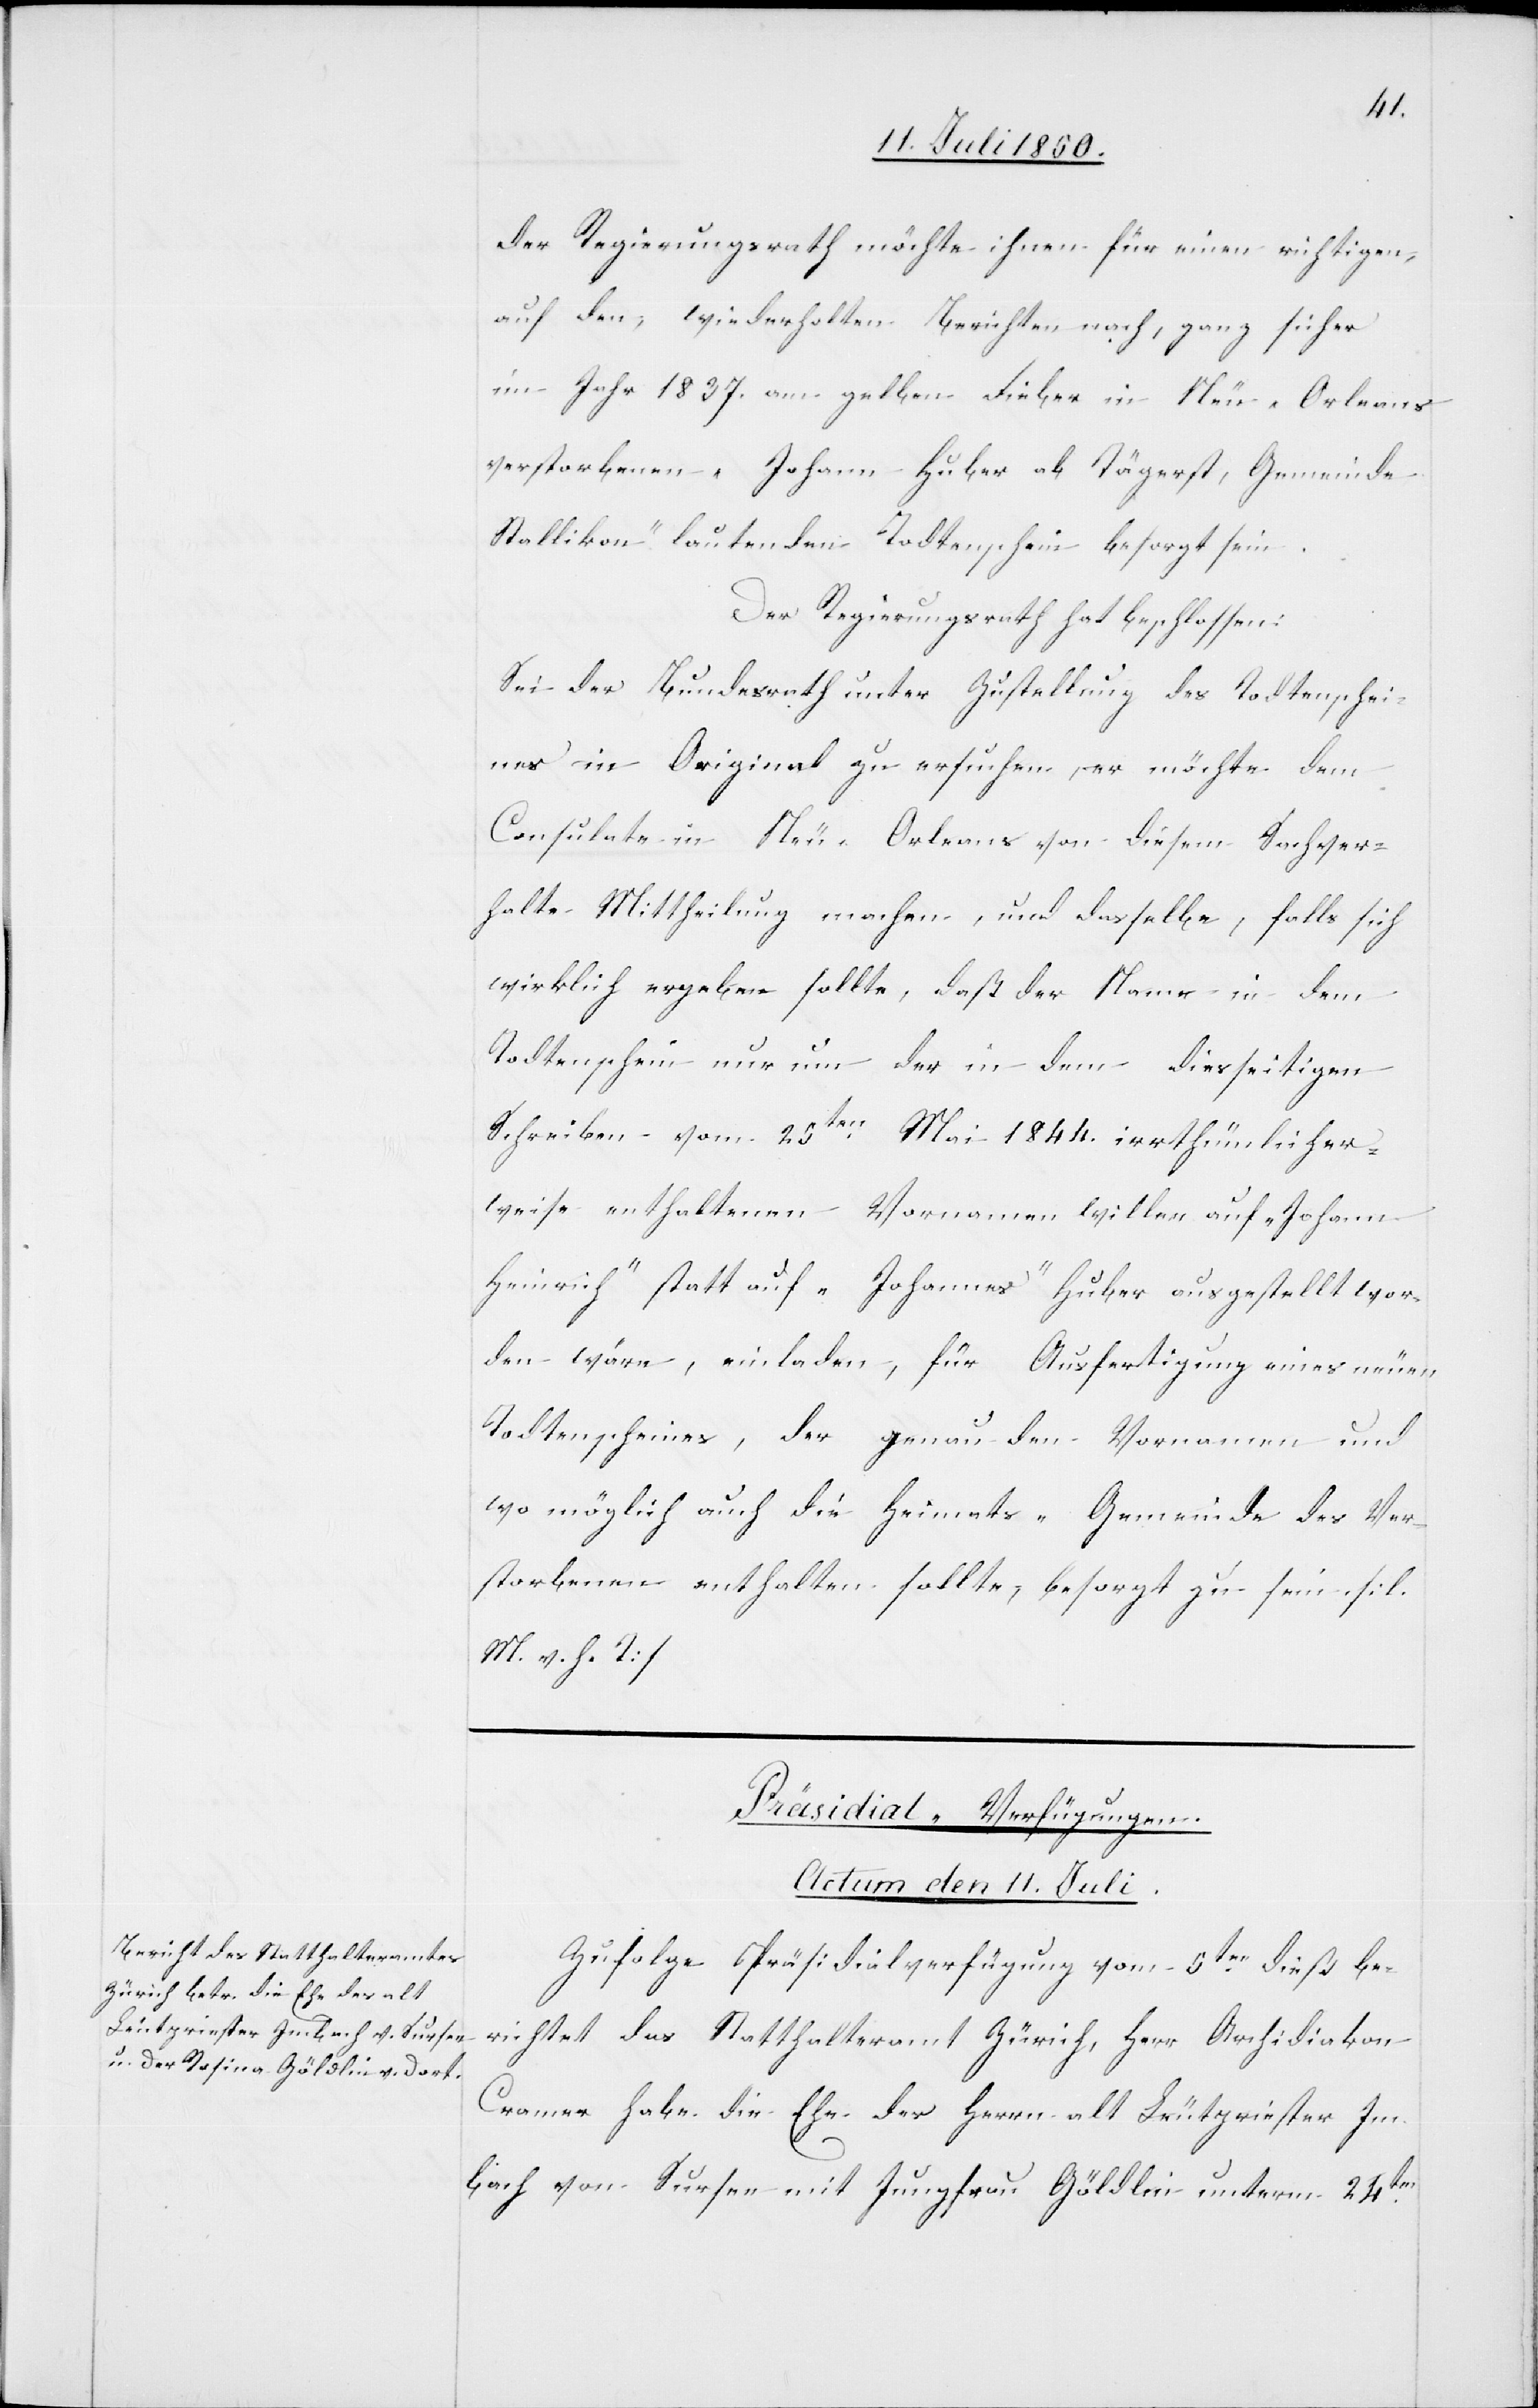
der Regierungsrath möchte ihnen für einen richtigen,
auf den wiederholten Berichten nach, ganz sicher
im Jahr 1837. am gelben Fieber in Neu-Orleans
verstorbenen „Johann Huber ab Tägerst, Gemeinde
Stallikon“ lautenden Todtenschein besorgt sein.
Der Regierungsrath hat beschlossen:
Sei der Bundesrath unter Zustellung des Todtenschei¬
nes in Original zu ersuchen, er möchte dem
Consulate in Neu-Orleans von diesem Sachver¬
halte Mittheilung machen, und dasselbe, falls sich
wirklich ergeben sollte, daß der Name in dem
Todtenschein nur um der in dem diesseitigen
Schreiben vom 25ten Mai 1844. irrthümlicher¬
weise enthaltenen Vornamen willen auf „Johann
Heinrich“ statt auf „Johannes“ Huber ausgestellt wor¬
den wäre, einladen, für Ausfertigung eines neuen
Todtenscheines, der genau den Vornamen und
wo möglich auch die Heimats-Gemeinde des Ver¬
storbenen enthalten sollte, besorgt zu sein. [l.
M. v. h. T]
Präsidial-Verfügungen.
Actum den 11. Juli.
Zufolge Präsidialverfügung vom 5ten dieß be¬
richtet das Statthalteramt Zürich, Herr Archidiakon
Cramer habe die Ehe des Herrn alt Leutpriester Im¬
bach von Sursee mit Jungfrau Göldlin unterm 24ten